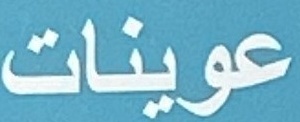
عوینات